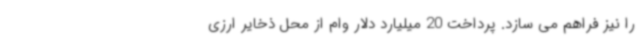
را نیز فراهم می سازد. پرداخت 20 میلیارد دلار وام از محل ذخایر ارزی